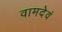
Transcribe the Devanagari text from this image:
वामदेवं